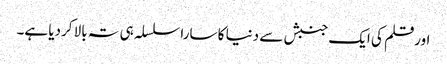
اورقلم کی ایک جنبش سے دنیا کا سارا سلسلہ ہی تہ بالا کردیا ہے۔